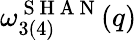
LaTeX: \omega_{3(4)}^{\mathrm{~S~H~A~N~}}(q)